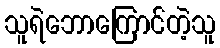
သူရဲဘောကြောင်တဲ့သူ